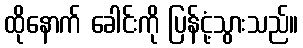
ထိုနောက် ခေါင်းကို ပြန်ငုံ့သွားသည်။